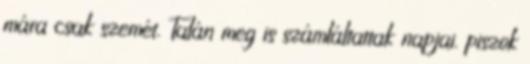
mára csak szemét. Talán meg is számláltattak napjai. piszok